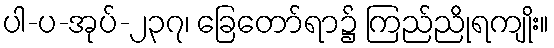
ပါ-ပ-အုပ်-၂၃၇၊ ခြေတော်ရာ၌ ကြည်ညိုရကျိုး။